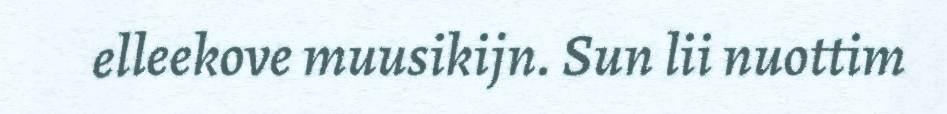
elleekove muusikijn. Sun lii nuottim